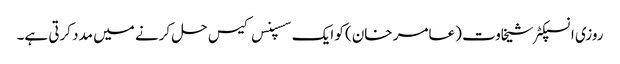
روزی انسپکٹر شیخاوت (عامر خان) کو ایک سسپنس کیس حل کرنے میں مدد کرتی ہے۔